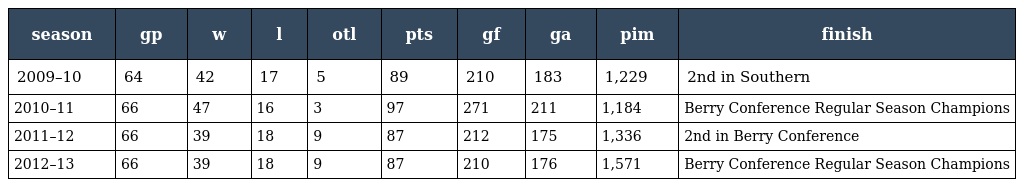
| season | gp | w | l | otl | pts | gf | ga | pim | finish |
 | --- | --- | --- | --- | --- | --- | --- | --- | --- | --- |
 | 2009–10 | 64 | 42 | 17 | 5 | 89 | 210 | 183 | 1,229 | 2nd in Southern |
 | 2010–11 | 66 | 47 | 16 | 3 | 97 | 271 | 211 | 1,184 | Berry Conference Regular Season Champions |
 | 2011–12 | 66 | 39 | 18 | 9 | 87 | 212 | 175 | 1,336 | 2nd in Berry Conference |
 | 2012–13 | 66 | 39 | 18 | 9 | 87 | 210 | 176 | 1,571 | Berry Conference Regular Season Champions |